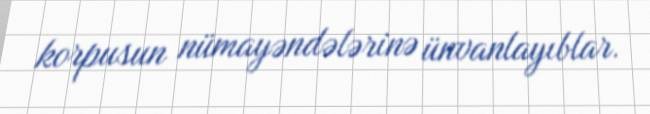
korpusun nümayəndələrinə ünvanlayıblar.